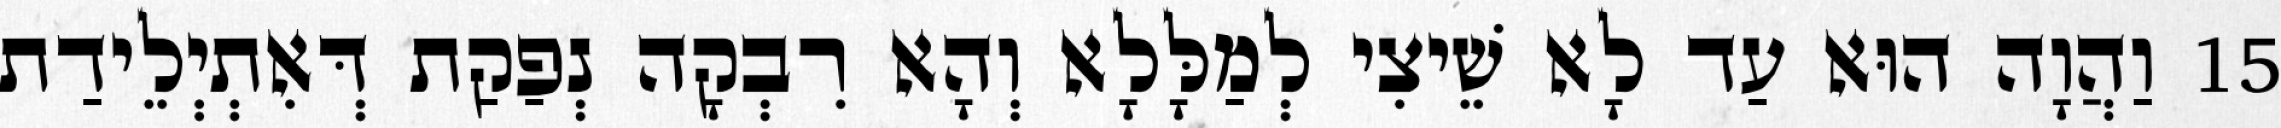
15 וַהֲוָה הוּא עַד לָא שֵׁיצִי לְמַלָּלָא וְהָא רִבְקָה נְפַקַת דְּאִתְיְלֵידַת